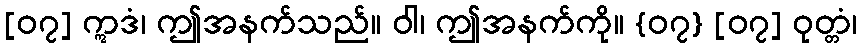
[၀၇] ဣဒံ၊ ဤအနက်သည်။ ဝါ၊ ဤအနက်ကို။ {၀၇} [၀၇] ဝုတ္တံ၊